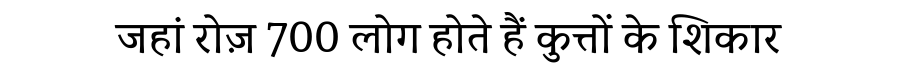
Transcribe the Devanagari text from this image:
जहां रोज़ 700 लोग होते हैं कुत्तों के शिकार